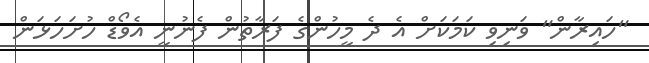
"ހައިރާން" ވަނިވި ކަމަކަށް އެ ދެ މީހުންގެ ފަރާތުން ފެނުނީ އެވޯޑް ހުށަހަޅަން